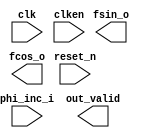
// Generated by NCO 12.1 [Altera, IP Toolbench 1.3.0 Build 243]
// ************************************************************
// THIS IS A WIZARD-GENERATED FILE. DO NOT EDIT THIS FILE!
// ************************************************************
// Copyright (C) 1991-2013 Altera Corporation
// Any megafunction design, and related net list (encrypted or decrypted),
// support information, device programming or simulation file, and any other
// associated documentation or information provided by Altera or a partner
// under Altera's Megafunction Partnership Program may be used only to
// program PLD devices (but not masked PLD devices) from Altera.  Any other
// use of such megafunction design, net list, support information, device
// programming or simulation file, or any other related documentation or
// information is prohibited for any other purpose, including, but not
// limited to modification, reverse engineering, de-compiling, or use with
// any other silicon devices, unless such use is explicitly licensed under
// a separate agreement with Altera or a megafunction partner.  Title to
// the intellectual property, including patents, copyrights, trademarks,
// trade secrets, or maskworks, embodied in any such megafunction design,
// net list, support information, device programming or simulation file, or
// any other related documentation or information provided by Altera or a
// megafunction partner, remains with Altera, the megafunction partner, or
// their respective licensors.  No other licenses, including any licenses
// needed under any third party's intellectual property, are provided herein.

module NCOMega (
	phi_inc_i,
	clk,
	reset_n,
	clken,
	fsin_o,
	fcos_o,
	out_valid);

	input	[31:0]	phi_inc_i;
	input		clk;
	input		reset_n;
	input		clken;
	output	[15:0]	fsin_o;
	output	[15:0]	fcos_o;
	output		out_valid;
endmodule